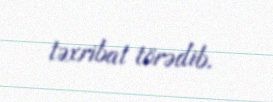
təxribat törədib.